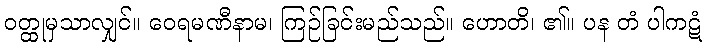
ဝတ္ထုမှသာလျှင်။ ဝေရမဏီနာမ၊ ကြဉ်ခြင်းမည်သည်။ ဟောတိ၊ ၏။ ပန တံ ပါကဋံ